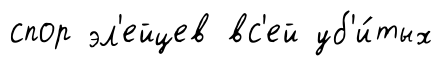
спор эл'ейцев вс'ей уб'и́тых